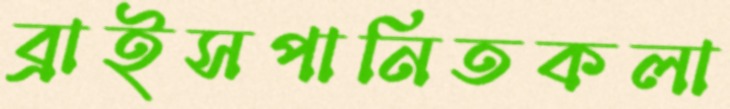
ব্রাইসপানিতকলা